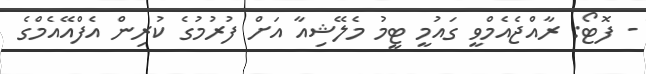
- ފޮޓޯ: ރާއްޖެއެމްވީ ގައުމީ ޓީމު މެލޭޝިއާ އަށް ފުރުމުގެ ކުރިން އެފްއޭއެމްގެ